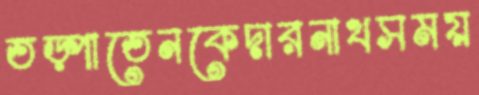
তড়্‌পাতেনকেদারনাথসময়